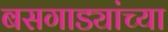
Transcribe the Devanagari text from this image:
बसगाड्यांच्या